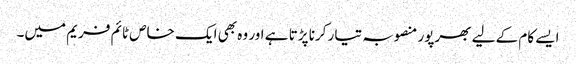
ایسے کام کے لیے بھرپور منصوبہ تیار کرنا پڑتا ہے اور وہ بھی ایک خاص ٹائم فریم میں۔